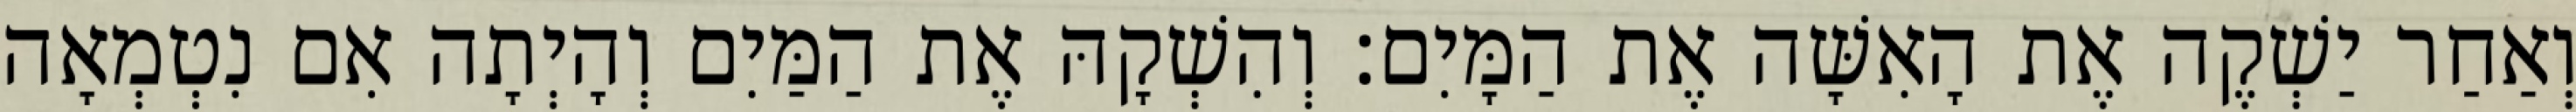
וְאַחַר יַשְׁקֶה אֶת הָאִשָּׁה אֶת הַמָּיִם׃ וְהִשְׁקָהּ אֶת הַמַּיִם וְהָיְתָה אִם נִטְמְאָה